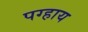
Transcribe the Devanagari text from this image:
पग्हाय